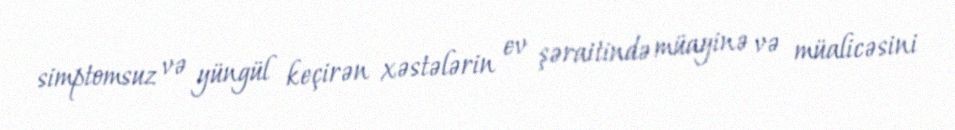
simptomsuz və yüngül keçirən xəstələrin ev şəraitində müayinə və müalicəsini